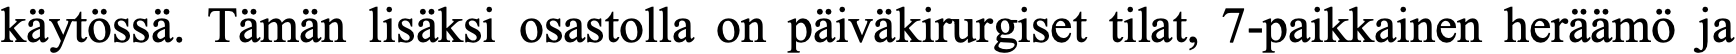
käytössä. Tämän lisäksi osastolla on päiväkirurgiset tilat, 7-paikkainen heräämö ja